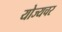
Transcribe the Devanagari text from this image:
योज्यचर